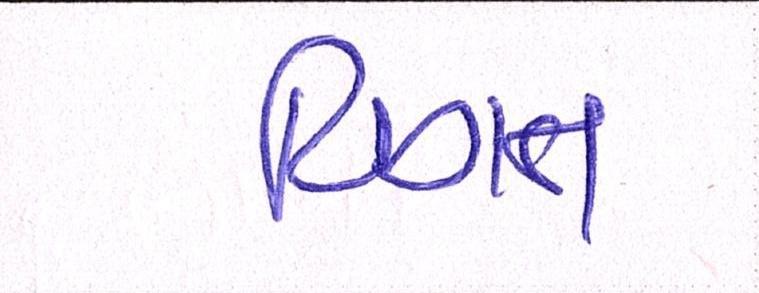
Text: વિગત